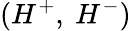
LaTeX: (H^{+},~H^{-})